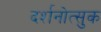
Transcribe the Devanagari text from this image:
दर्शनोत्सुक